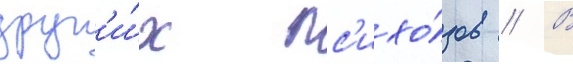
друг'и́х пс'ихо́зов // В